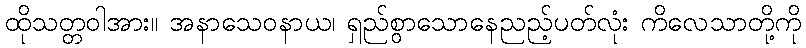
ထိုသတ္တဝါအား။ အနာသေဝနာယ၊ ရှည်စွာသောနေညည့်ပတ်လုံး ကိလေသာတို့ကို